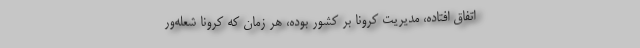
اتفاق افتاده، مدیریت کرونا بر کشور بوده، هر زمان که کرونا شعله‌ور